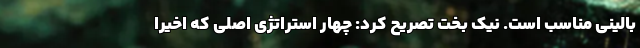
بالینی مناسب است. نیک بخت تصریح کرد: چهار استراتژی اصلی که اخیراً